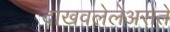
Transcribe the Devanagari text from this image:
दाखवलेलेअसते